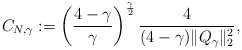
\begin{align*} C_{N, \gamma}:=\left(\frac{4-\gamma}{\gamma}\right)^{\frac {\gamma}{2}}\frac{4}{(4-\gamma)\|Q_{\gamma}\|_2^2},\end{align*}